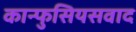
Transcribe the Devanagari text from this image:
कान्फुसियसवाद